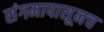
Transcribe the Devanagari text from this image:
संगमापासूनच